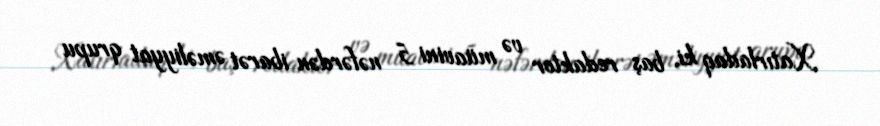
Xatırladaq ki, baş redaktor və müavini 5 nəfərdən ibarət əməliyyat qrupu